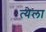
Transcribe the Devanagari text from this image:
त्येला